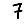
Digit: 7